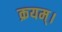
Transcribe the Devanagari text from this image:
क्रयम्।